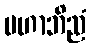
မဟာဘိညံ